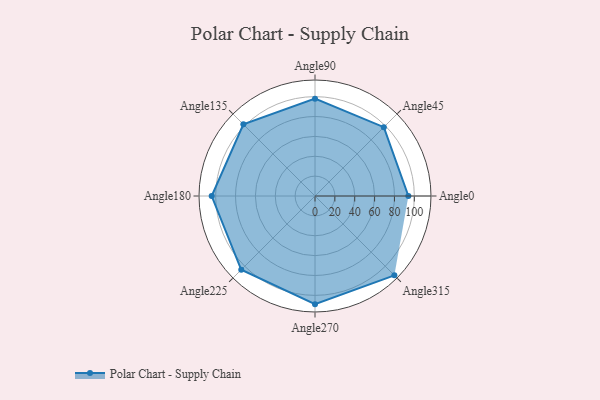
{"axis": {"x": "Angle", "y": "Radius"}, "legend": [""], "data": [{"x": "Angle0", "y": 94.0, "type": ""}, {"x": "Angle45", "y": 98.0, "type": ""}, {"x": "Angle90", "y": 98.0, "type": ""}, {"x": "Angle135", "y": 102.0, "type": ""}, {"x": "Angle180", "y": 104.0, "type": ""}, {"x": "Angle225", "y": 105.0, "type": ""}, {"x": "Angle270", "y": 109.0, "type": ""}, {"x": "Angle315", "y": 113.0, "type": ""}]}